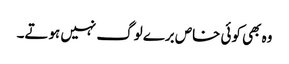
وہ بھی کوئی خاص برے لوگ نہیں ہوتے۔